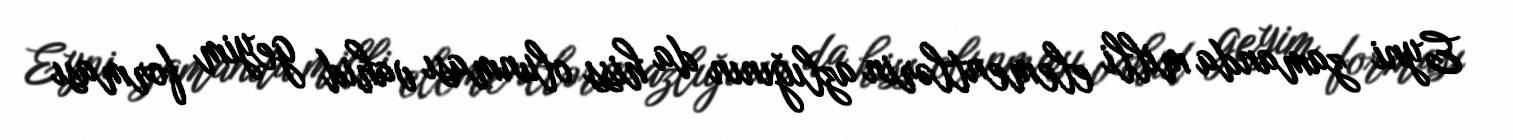
Eyni zamanda milli elementlərin azlığının da hiss olunması vahid geyim forması